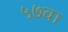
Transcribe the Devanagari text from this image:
५७वा